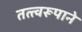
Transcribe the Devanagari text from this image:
तत्त्वरूपाने